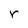
Character: r